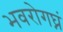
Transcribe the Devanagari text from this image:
भवरोगघ्नं